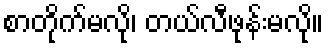
စာတိုက်မလို၊ တယ်လီဖုန်းမလို။